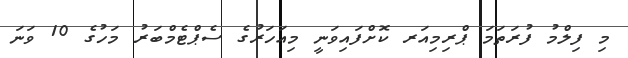
މި ފިލްމު ފުރަތަމަ ޕްރިމިއަރ ކޮށްފައިވަނީ މިއަހަރުގެ ސެޕްޓެމްބަރު މަހުގެ 10 ވަނަ